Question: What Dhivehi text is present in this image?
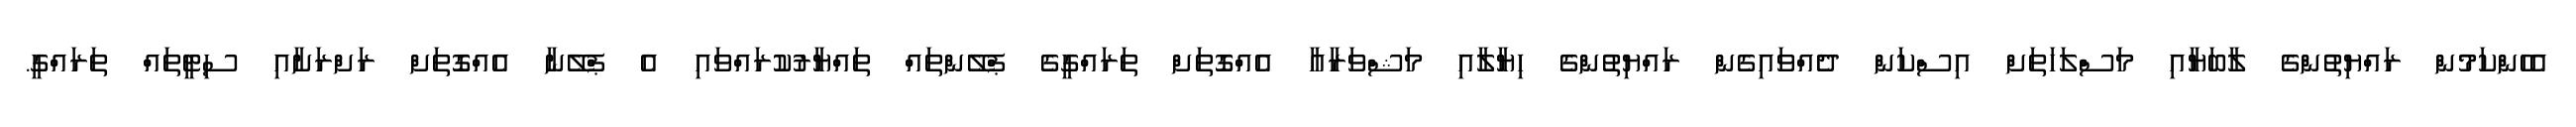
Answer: އެހެންކަމުން ރައްޔިތުންގެ ލާބަޔާއި މަސްލަހަތަށް އިސްކަން ދެއްވައިގެން ރައްޔިތުންގެ ހިޔާލާއި މަޝްވަރާއާ އެއްގޮތަށް ތަރައްގީގެ ޕްލޭންތައް ތައްޔާރުކުރައްވައި އެ ޕްލޭނާ އެއްގޮތަށް ރަށްރަށާއި ސިޓީތައް ތަރައްގީ.